Annual report on the Civil Veterinary Department, Burma (including the Insein Veterinary School) - 1932-1941
Year: 1932
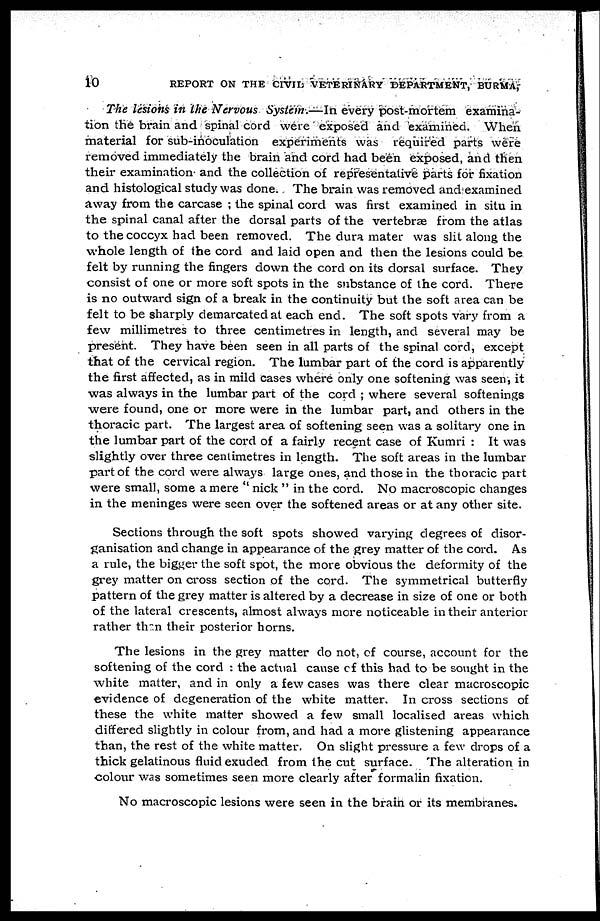
10
REPORT ON THE CIVIL VETERINARY DEPARTMENT, BURMA,
The lesions in the Nervous System.—In every post-mortem examina-
tion the brain and spinal cord were exposed and examined. When
material for sub-inoculation experiments was required parts were
removed immediately the brain and cord had been exposed, and then
their examination and the collection of representative parts for fixation
and histological study was done. The brain was removed and examined
away from the carcase ; the spinal cord was first examined in situ in
the spinal canal after the dorsal parts of the vertebrae from the atlas
to the coccyx had been removed. The dura mater was slit along the
whole length of the cord and laid open and then the lesions could be
felt by running the fingers down the cord on its dorsal surface. They
consist of one or more soft spots in the substance of the cord. There
is no outward sign of a break in the continuity but the soft area can be
felt to be sharply demarcated at each end. The soft spots vary from a
few millimetres to three centimetres in length, and several may be
present. They have been seen in all parts of the spinal cord, except
that of the cervical region. The lumbar part of the cord is apparently
the first affected, as in mild cases where only one softening was seen, it
was always in the lumbar part of the cord ; where several softenings
were found, one or more were in the lumbar part, and others in the
thoracic part. The largest area of softening seen was a solitary one in
the lumbar part of the cord of a fairly recent case of Kumri : It was
slightly over three centimetres in length. The soft areas in the lumbar
part of the cord were always large ones, and those in the thoracic part
were small, some a mere " nick " in the cord. No macroscopic changes
in the meninges were seen over the softened areas or at any other site.
Sections through the soft spots showed varying degrees of disor-
ganisation and change in appearance of the grey matter of the cord. As
a rule, the bigger the soft spot, the more obvious the deformity of the
grey matter on cross section of the cord. The symmetrical butterfly
pattern of the grey matter is altered by a decrease in size of one or both
of the lateral crescents, almost always more noticeable in their anterior
rather than their posterior horns.
The lesions in the grey matter do not, of course, account for the
softening of the cord : the actual cause of this had to be sought in the
white matter, and in only a few cases was there clear macroscopic
evidence of degeneration of the white matter. In cross sections of
these the white matter showed a few small localised areas which
differed slightly in colour from, and had a more glistening appearance
than, the rest of the white matter. On slight pressure a few drops of a
thick gelatinous fluid exuded from the cut surface. The alteration in
colour was sometimes seen more clearly after formalin fixation.
No macroscopic lesions were seen in the brain or its membranes.